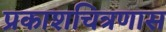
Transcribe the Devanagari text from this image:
प्रकाशचित्रणास